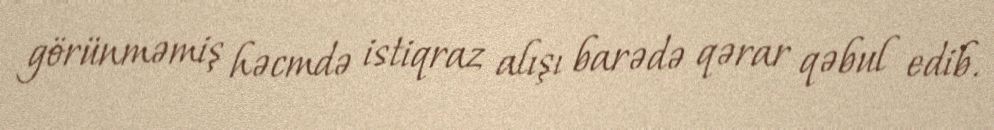
görünməmiş həcmdə istiqraz alışı barədə qərar qəbul edib.